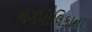
નગપાલિકાના